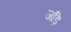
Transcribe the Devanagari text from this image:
जड़ि